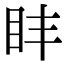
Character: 盽